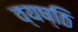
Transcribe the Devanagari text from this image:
व्यष्ठि